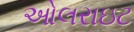
ઓલરાઇટ